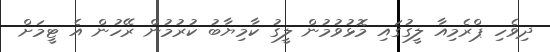
ދިވެހި ޕްރެމިއާ ލީގުގައި މޮޅުވުމުން ލީގު ކާމިޔާބު ކުރުމުން ރޭހުން އެ ޓީމަށް